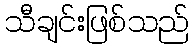
သီချင်းဖြစ်သည်